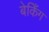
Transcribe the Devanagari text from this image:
बेकिँग